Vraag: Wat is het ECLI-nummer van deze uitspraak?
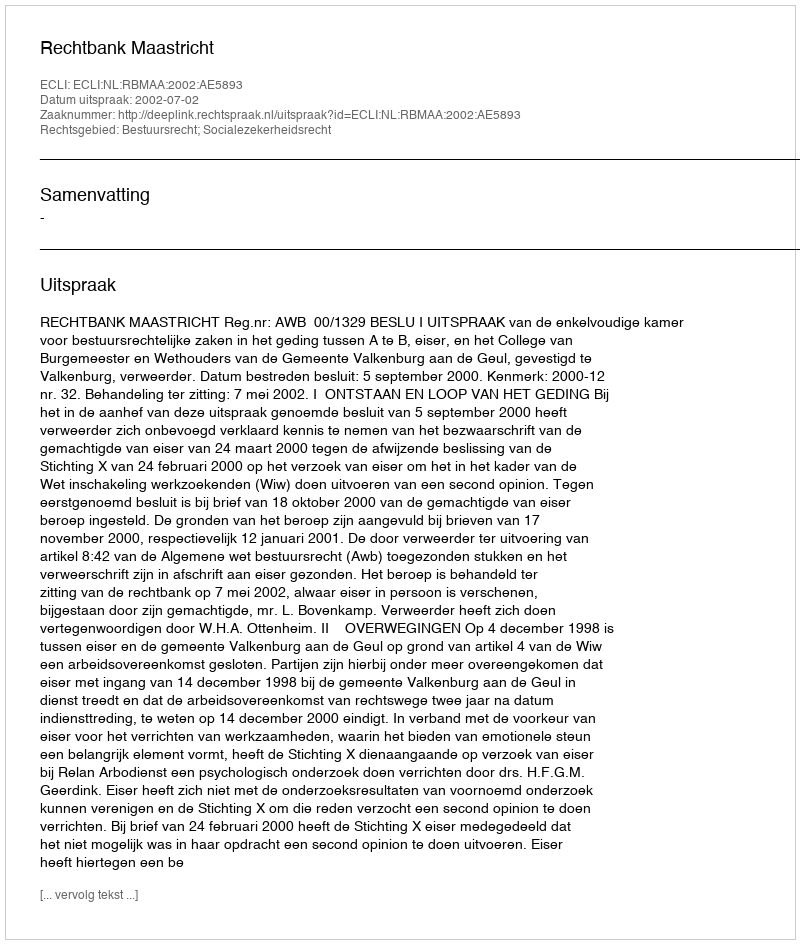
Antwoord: ECLI:NL:RBMAA:2002:AE5893